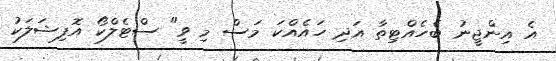
އެ އިންޖީނު ބެހެއްޓިތާ އަދި ހައެއްކަ މަސް މި ވީ" ސްޓެލްކޯ އޮފިޝަލަކު